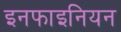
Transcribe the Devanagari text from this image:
इनफाइनियन